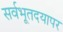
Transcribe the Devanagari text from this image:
सर्वभूतदयापर